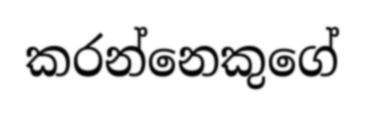
කරන්නෙකුගේ